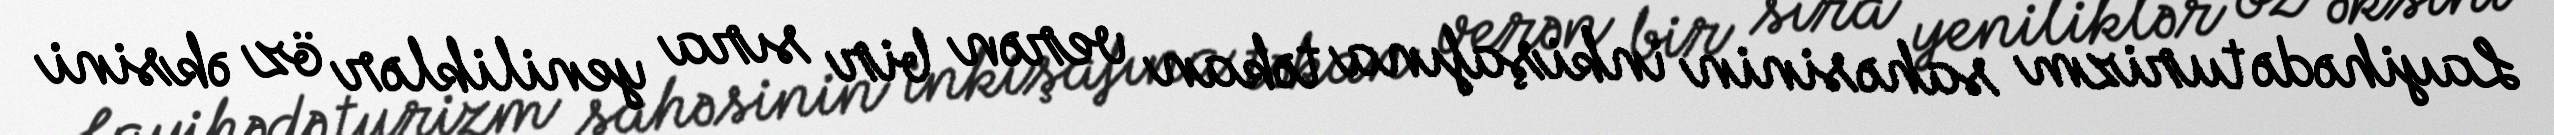
Layihədə turizm sahəsinin inkişafına təkan verən bir sıra yeniliklər öz əksini